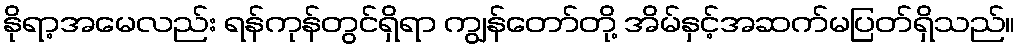
နိုရာ့အမေလည်း ရန်ကုန်တွင်ရှိရာ ကျွန်တော်တို့ အိမ်နှင့်အဆက်မပြတ်ရှိသည်။